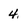
Character: 4